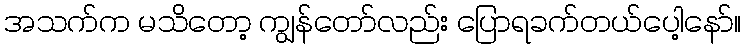
အသက်က မသိတော့ ကျွန်တော်လည်း ပြောရခက်တယ်ပေါ့နော်။